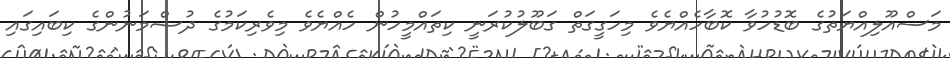
މަސްއޫލިއްޔަތުގެ ބޮޑުހުވާ ކޮބާހެއްޔެވެ މިހަގީގަތް ގަބޫލުކުރަނީ ކިތައްމީހުން ހެއްޔެވެ މިވެރިކަމުގެ ދުޝްމަނުންގެ ކިބައިގައި